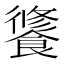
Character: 𩝶